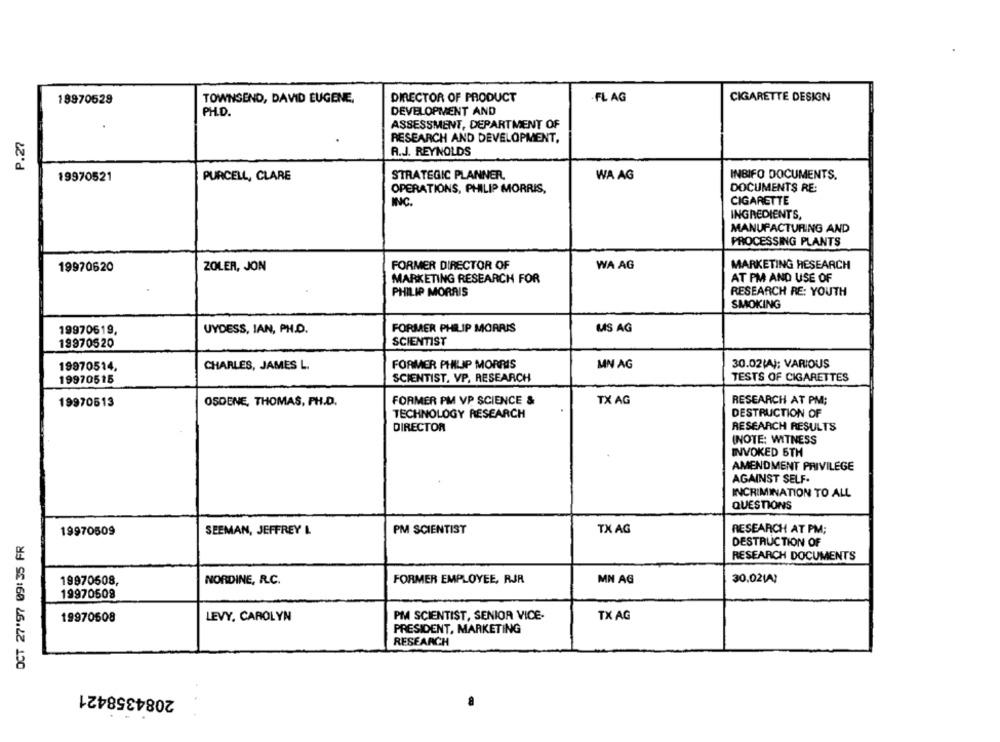
18970529
TOWNSEND, DAVID EUGENE.
DIRECTOR OF PRODUCT
.FL AG
CIGARETTE DESIGN
DEVELOPMENT AND
PH.D.
ASSESSMENT, DEPARTMENT OF
P.27
RESEARCH AND DEVELOPMENT,
A.J. REYNOLDS
19970521
PURCELL, CLARE
STRATEGIC PLANNER.
WA AG
INBIFO DOCUMENTS.
OPERATIONS, PHILIP MORRIS,
DOCUMENTS RE:
INC.
CIGARETTE
INGREDIENTS,
MANUFACTURING AND
PROCESSING PLANTS
19970620
ZOLER, JON
FORMER DIRECTOR OF
WA AG
MARKETING HESEARCH
MARKETING RESEARCH FOR
AT PM AND USE OF
PHILIP MORRIS
RESEARCH RE: YOUTH
SMOKING
19970619,
UYDESS, IAN, PH.D.
FORMER PHILIP MORRIS
US AG
SCIENTIST
19970520
FORMER PHILIP MORRIS
MN AG
30.02(A); VARIOUS
19970514,
CHARLES, JAMES L.
19970515
SCIENTIST, VP. RESEARCH
TESTS OF CIGARETTES
FORMER PM VP SCIENCE &
TX AG
RESEARCH AT PM;
19970513
OSDENE, THOMAS, PH.D.
TECHNOLOGY RESEARCH
DESTRUCTION OF
DIRECTOR
RESEARCH RESULTS
INOTE: WITNESS
INVOKED 5TH
AMENDMENT PRIVILEGE
AGAINST SELF-
INCRIMINATION TO ALL
QUESTIONS
19970509
SEEMAN, JEFFREY L
PM SCIENTIST
TX AG
RESEARCH AT PM;
OCT 27'97 09:35 FR
DESTRUCTION OF
RESEARCH DOCUMENTS
MN AG
30,021A!
19970608,
NORDINE, R.C.
FORMER EMPLOYEE, RJR
19970509
PM SCIENTIST, SENIOR VICE-
TX AG
19970608
LEVY, CAROLYN
PRESIDENT, MARKETING
RESEARCH
2084358421